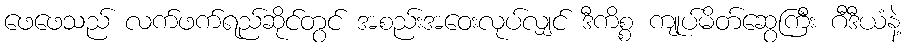
ဖေဖေသည် လက်ဖက်ရည်ဆိုင်တွင် အစည်းအဝေးလုပ်လျှင် ဒီကိစ္စ ကျုပ်မိတ်ဆွေကြီး ဂီဒီယံနဲ့